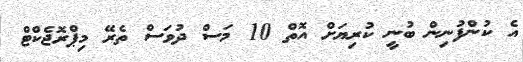
އެ ކުންފުނިން ބުނީ ކުރިޔަށް އޮތް 10 މަސް ދުވަސް ތެރޭ މިޕްރޮޖެކްޓް